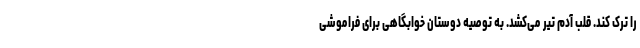
را ترک کند. قلب آدم تیر می‌کشد. به توصیه دوستان خوابگاهی برای فراموشی